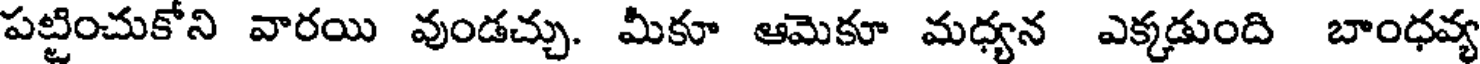
పట్టించుకోని వారయి వుండచ్చు. మీకూ ఆమెకూ మధ్యన ఎక్కడుంది బాంధవ్య